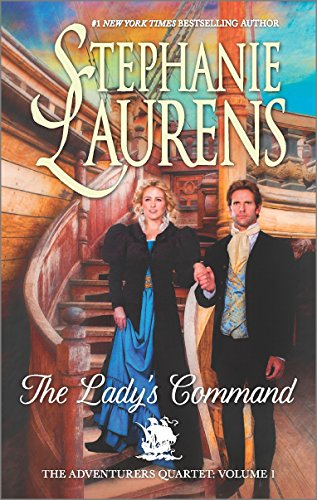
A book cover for The Lady's Command (The Adventurers Quartet); Stephanie Laurens; Mystery, Thriller & Suspense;